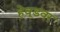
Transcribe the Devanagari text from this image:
हेवूडवर